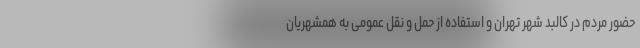
حضور مردم در کالبد شهر تهران و استفاده از حمل و نقل عمومی به همشهریان